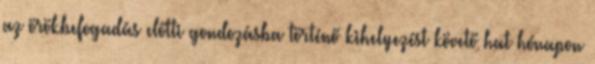
az örökbefogadás előtti gondozásba történő kihelyezést követő hat hónapon